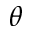
\theta